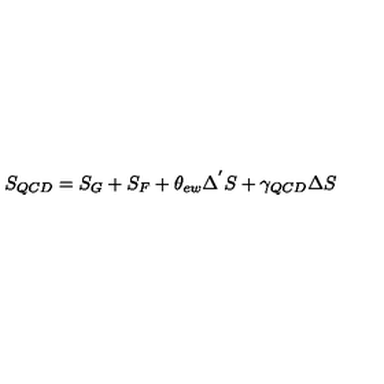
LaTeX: S _ { Q C D } = S _ { G } + S _ { F } + \theta _ { e w } \Delta ^ { ' } S + \gamma _ { Q C D } \Delta S